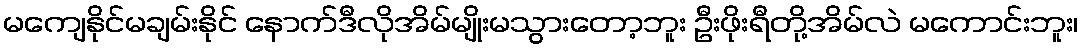
မကျေနိုင်မချမ်းနိုင် နောက်ဒီလိုအိမ်မျိုးမသွားတော့ဘူး ဦးဖိုးရီတို့အိမ်လဲ မကောင်းဘူး၊